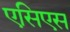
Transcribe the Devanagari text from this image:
एसिएस